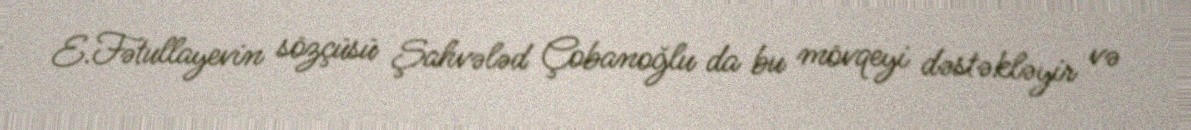
E.Fətullayevin sözçüsü Şahvələd Çobanoğlu da bu mövqeyi dəstəkləyir və